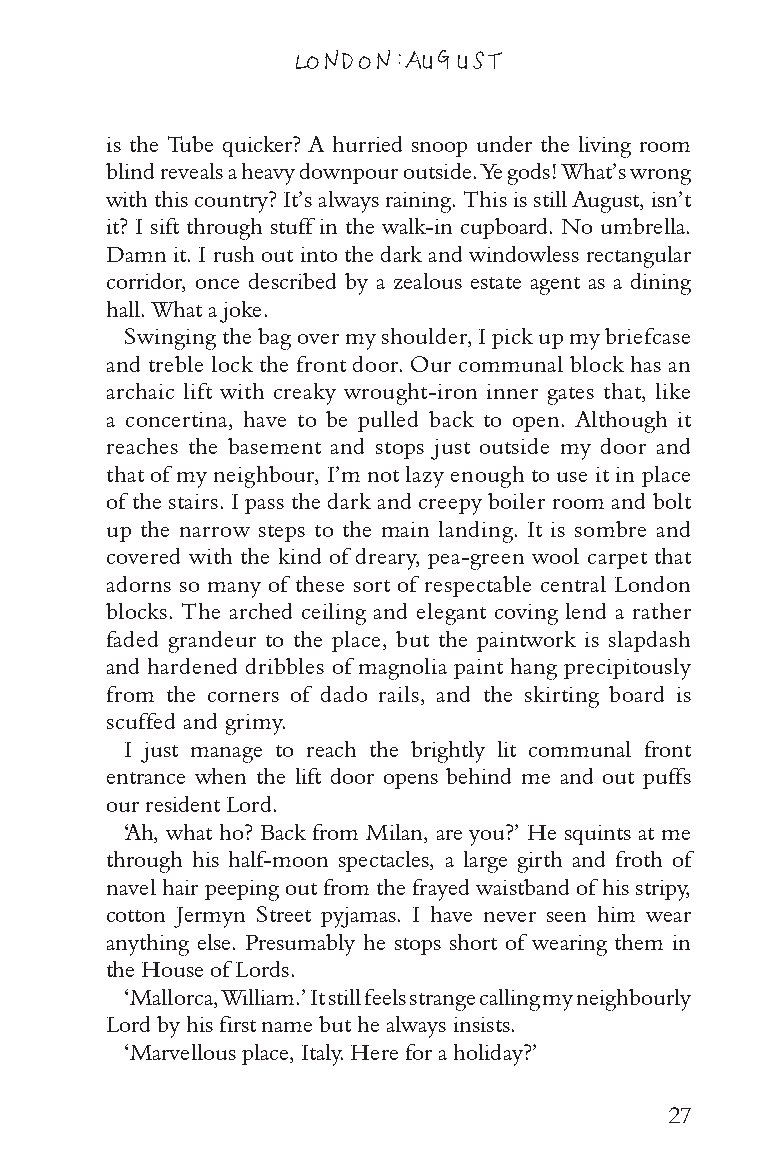
LONDON: AUGUST
 is the Tube quicker? A hurried snoop under the living room
 blind reveals a heavy downpour outside. Ye gods! What’s wrong
 with this country? It’s always raining. This is still August, isn’t
 it? I sift through stuff in the walk-in cupboard. No umbrella.
 Damn it. I rush out into the dark and windowless rectangular
 corridor, once described by a zealous estate agent as a dining
 hall. What a joke.
 Swinging the bag over my shoulder, I pick up my briefcase
 and treble lock the front door. Our communal block has an
 archaic lift with creaky wrought-iron inner gates that, like
 a concertina, have to be pulled back to open. Although it
 reaches the basement and stops just outside my door and
 that of my neighbour, I’m not lazy enough to use it in place
 of the stairs. I pass the dark and creepy boiler room and bolt
 up the narrow steps to the main landing. It is sombre and
 covered with the kind of dreary, pea-green wool carpet that
 adorns so many of these sort of respectable central London
 blocks. The arched ceiling and elegant coving lend a rather
 faded grandeur to the place, but the paintwork is slapdash
 and hardened dribbles of magnolia paint hang precipitously
 from the corners of dado rails, and the skirting board is
 scuffed and grimy.
 I just manage to reach the brightly lit communal front
 entrance when the lift door opens behind me and out puffs
 our resident Lord.
 ‘Ah, what ho? Back from Milan, are you?’ He squints at me
 through his half-moon spectacles, a large girth and froth of
 navel hair peeping out from the frayed waistband of his stripy,
 cotton Jermyn Street pyjamas. I have never seen him wear
 anything else. Presumably he stops short of wearing them in
 the House of Lords.
 ‘Mallorca, William.’ It still feels strange calling my neighbourly
 Lord by his first name but he always insists.
 ‘Marvellous place, Italy. Here for a holiday?’
 27